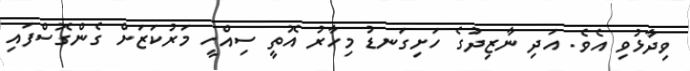
ވިދާޅުވި އެވެ. އަދި ނާޒިދުގެ ހަށިގަނޑު މިހާރު އޮތީ ސިއްހީ މަރުކަޒަށް ގެންގޮސްފައި